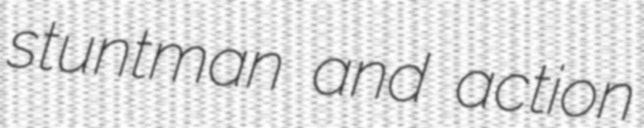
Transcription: stuntman and action